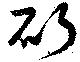
斫